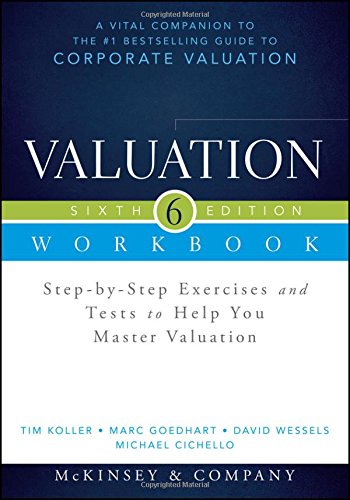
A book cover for Valuation Workbook: Step-by-Step Exercises and Tests to Help You Master Valuation + WS (Wiley Finance); McKinsey & Company Inc.; Business & Money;